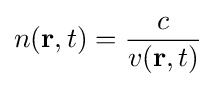
n({\mathbf {r} },t)={\frac {c}{v({\mathbf {r} },t)}}